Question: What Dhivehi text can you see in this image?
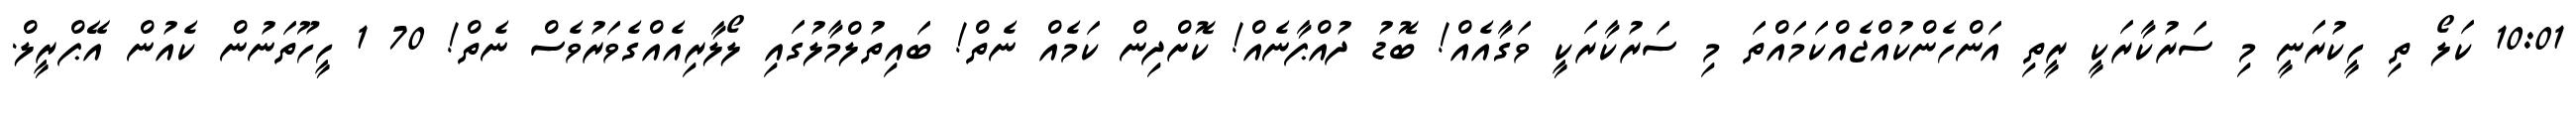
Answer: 10:01 ކަލޯ ތި ހީކުރަނީ މި ސަރުކާރަކީ ރީތި އަންހެންކުއްޖެއްކަމައްތަ މި ސަރުކާރަކީ ވަގާއެއް! ބޮޑު ދުއްޕާނެއް! ކޮށްދިން ކަމެއް ނެތް! ބައިތުލްމާލުގައި ލޯލާރިއެއްގެވަރުވެސް ނެތް! 70 1 ހީހޫތަނުން ކެއުން އޭޕްރީލް.